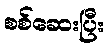
စစ်ဆေးပြီး